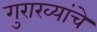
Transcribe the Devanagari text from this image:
गुराख्यांचे